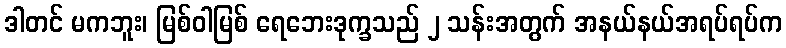
ဒါတင် မကဘူး၊ မြစ်ဝါမြစ် ရေဘေးဒုက္ခသည် ၂ သန်းအတွက် အနယ်နယ်အရပ်ရပ်က